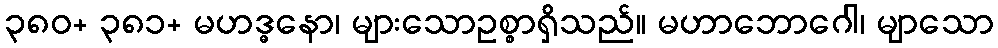
၃၈၀+ ၃၈၁+ မဟဒ္ဓနော၊ များသောဥစ္စာရှိသည်။ မဟာဘောဂေါ၊ မျာသော